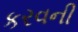
કરવની